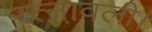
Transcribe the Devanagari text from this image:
रत्नावली।